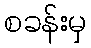
စခန်းမှ